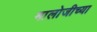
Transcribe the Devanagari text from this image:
मालोजीच्या